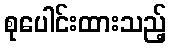
စုပေါင်းထားသည့်